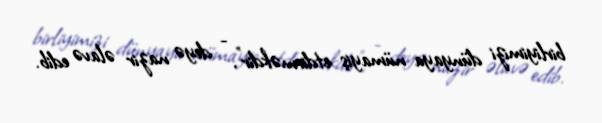
birliyimizi dünyaya nümayiş etdirməkdir", - deyə nazir əlavə edib.